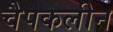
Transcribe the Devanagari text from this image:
चैपकलीन